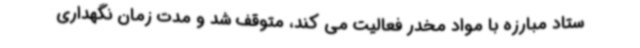
ستاد مبارزه با مواد مخدر فعالیت می کند، متوقف شد و مدت زمان نگهداری